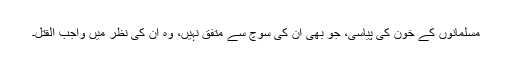
مسلمانوں کے خون کی پیاسی، جو بھی ان کی سوچ سے متفق نہیں، وہ ان کی نظر میں واجب القتل۔